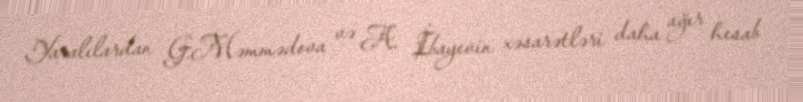
Yaralılardan G.Məmmədova və A. İbayevin xəsarətləri daha ağır hesab